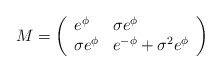
\begin{align*}M=\left( \begin{array}{ll}e^{\phi} & \sigma e^{\phi}\\\sigma e^{\phi} & e^{-\phi}+\sigma^{2}e^{\phi}\\\end{array} \right)\end{align*}